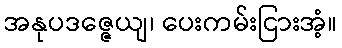
အနုပဒဇ္ဇေယျ၊ ပေးကမ်းငြားအံ့။